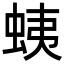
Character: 蛦